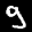
Label: 9